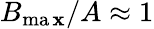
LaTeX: B_{\operatorname*{ma\mathbf{x}}}/A\approx1